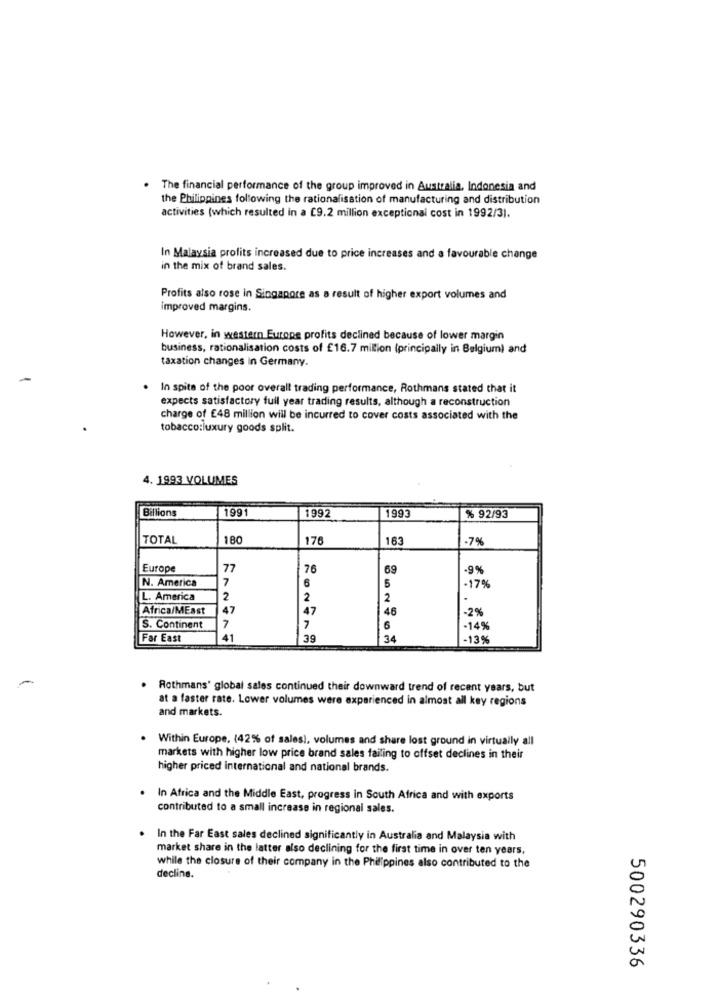
. The financial performance of the group improved in Australia, Indonesia and
the Philippines following the rationalisation of manufacturing and distribution
activities (which resulted in a 9.2 million exceptional cost in 1992/31.
In Malaysia profits increased due to price increases and a favourable change
in the mix of brand sales.
Profits also rose in Singapore as a result of higher export volumes and
improved margins.
However, in western Europe profits declined because of lower margin
business, rationalisation costs of £16.7 million (principally in Belgium) and
taxation changes In Germany.
In spite of the poor overall trading performance, Rothmans stated that it
expects satisfactory full year trading results, although a reconstruction
charge of £48 million will be incurred to cover costs associated with the
tobacco:luxury goods split.
4. 1993 VOLUMES
Billions
1991
1992
1993
% 92/93
TOTAL
180
176
163
-7%
Europe
77
76
59
-9%
N. America
7
5
6
17%
L. America
2
2
2
.
Africa/MEast
47
47
46
2%
S. Continent
7
7
6
-14%
Far East
41
39
34
-13%
Rothmans' global sales continued their downward trend of recent years, but
at a faster rate. Lower volumes were experienced in almost all key regions
and markets.
Within Europe, (42% of sales), volumes and share lost ground in virtually all
markets with higher low price brand sales failing to offset declines in their
higher priced international and national brands.
In Africa and the Middle East, progress in South Africa and with exports
contributed to a small increase in regional sales.
In the Far East sales declined significantly in Australia and Malaysia with
market share in the latter also declining for the first time in over ten years,
while the closure of their company in the Philippines also contributed to the
decline.
500290336